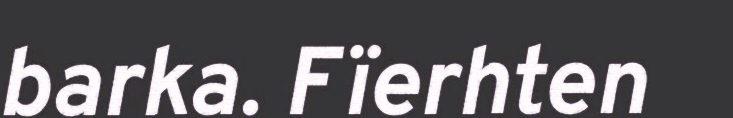
barka. Fïerhten